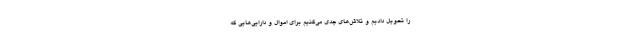
را تحویل دادیم و تلاش‌های جدی می‌کنیم برای اموال و دارایی‌هایی که